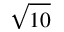
\sqrt { 1 0 }